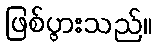
ဖြစ်ပွားသည်။